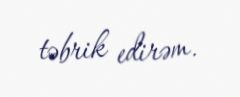
təbrik edirəm.